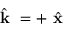
\boldsymbol { \hat { \textbf { k } } } = + \boldsymbol { \hat { \textbf { x } } }